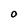
Character: O